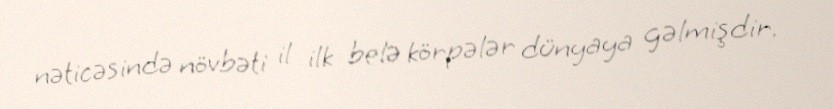
nəticəsində növbəti il ilk belə körpələr dünyaya gəlmişdir.